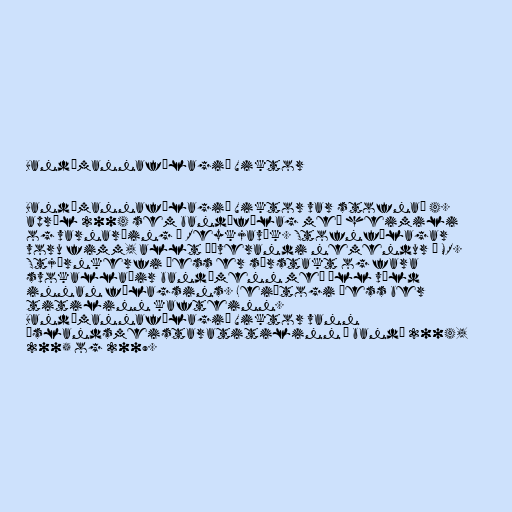
Bandýmannafélagið Viktor

Bandýmannafélagið Viktor var stofnað 4.
apríl 2004 sem bandýfélag með heimili
og varnarþing í Reykjavík. Stofnfélagar
voru fimm, allt þáverandi nemendur í MR.
Stjórnkerfi þess er sérstakt og fara
svokallaðir bandýmenn með öll völd
innan félagsins. Leiðtogi þess ber
titilinn kafteinn.
Bandýmannafélagið Viktor vann
Íslandsmeistaratitilinn í bandý 2004,
2005 og 2009.